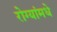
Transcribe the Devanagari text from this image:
रोग्यांमधे